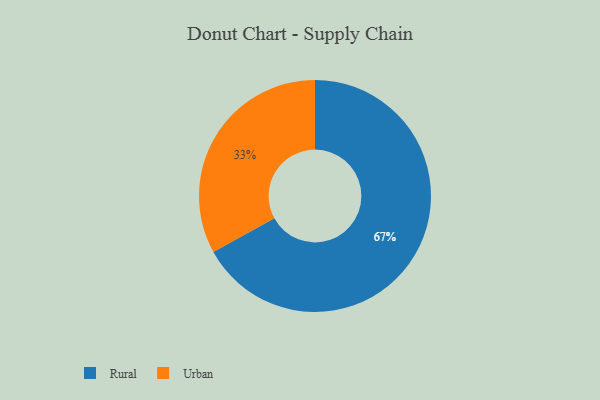
{"axis": {"x": "Category", "y": "Percentage"}, "legend": ["Rural", "Urban"], "data": [{"x": "Urban", "y": 33, "type": "Urban"}, {"x": "Rural", "y": 67, "type": "Rural"}]}